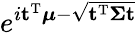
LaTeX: \! \, e^{i\mathbf{t}^{\mathrm{T}}{\boldsymbol{\mu}}-{\sqrt{\mathbf{t}^{\mathrm{T}}{\boldsymbol{\Sigma}}\mathbf{t}}}}